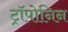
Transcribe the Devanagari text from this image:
ट्रॉपोनिन